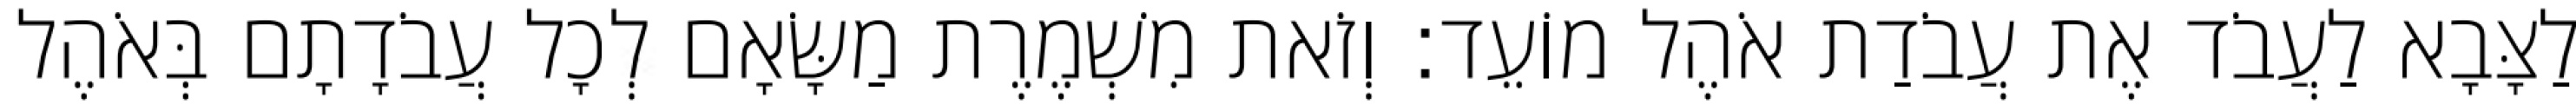
לַצָּבָא לַעֲבֹד אֶת עֲבֹדַת אֹהֶל מוֹעֵד׃ וְזֹאת מִשְׁמֶרֶת מַשָּׂאָם לְכָל עֲבֹדָתָם בְּאֹהֶל